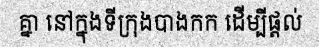
គ្នា នៅក្នុងទីក្រុងបាងកក ដើម្បីផ្តល់